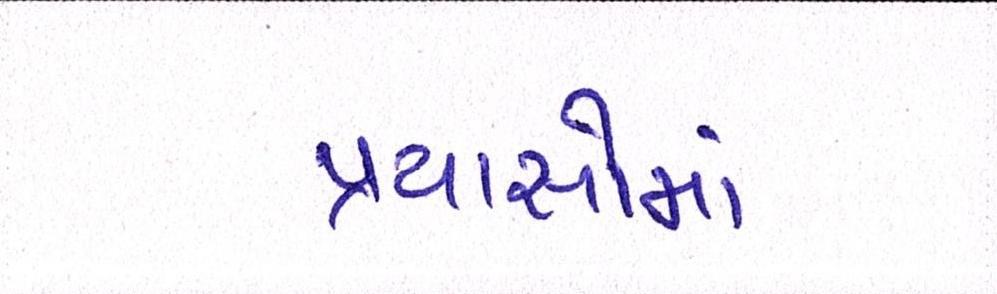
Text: પ્રયાસોમાં